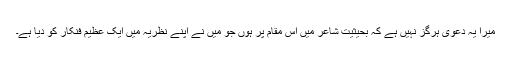
میرا یہ دعویٰ ہرگز نہیں ہے کہ بحیثیت شاعر میں اس مقام پر ہوں جو میں نے اپنے نظریہ میں ایک عظیم فنکار کو دیا ہے۔